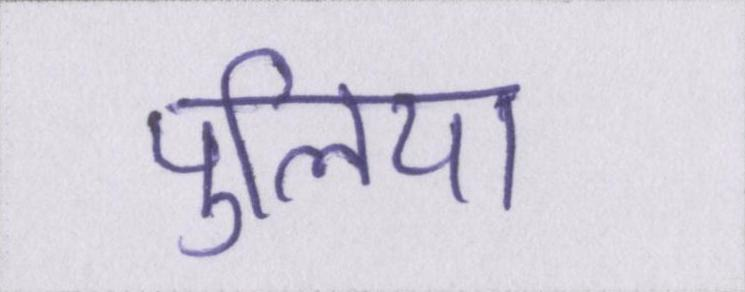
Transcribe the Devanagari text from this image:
पुलिया